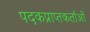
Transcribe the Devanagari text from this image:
पदकप्राप्तकर्ताओं